Report of the Indian Hemp Drugs Commission, 1894-1895 - Volume I
Year: 1894
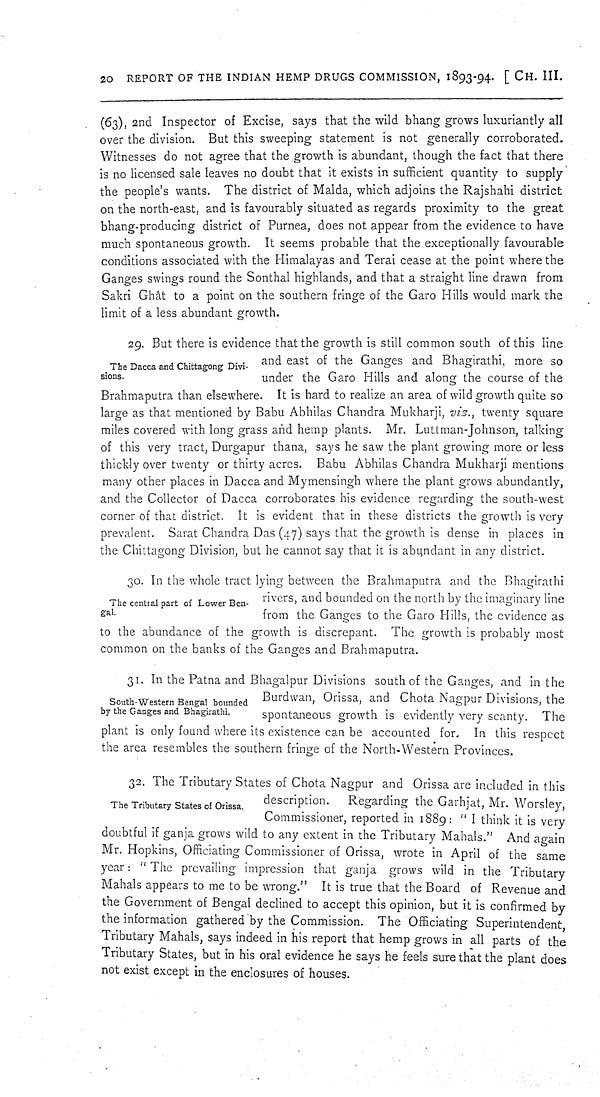
20 REPORT OF THE INDIAN HEMP DRUGS COMMISSION, 1893-94. [CH. III.
(63), 2nd Inspector of Excise, says that the wild bhang grows luxuriantly all
over the division. But this sweeping statement is not generally corroborated.
Witnesses do not agree that the growth is abundant, though the fact that there
is no licensed sale leaves no doubt that it exists in sufficient quantity to supply
the people's wants. The district of Malda, which adjoins the Rajshahi district
on the north-east, and is favourably situated as regards proximity to the great
bhang-producing district of Purnea, does not appear from the evidence to have
much spontaneous growth. It seems probable that the exceptionally favourable
conditions associated with the Himalayas and Terai cease at the point where the
Ganges swings round the Sonthal highlands, and that a straight line drawn from
Sakri Ghât to a point on the southern fringe of the Garo Hills would mark the
limit of a less abundant growth.
The Dacca and Chittagong Divi-
sions.
29. But there is evidence that the growth is still common south of this line
and east of the Ganges and Bhagirathi, more so
under the Garo Hills and along the course of the
Brahmaputra than elsewhere. It is hard to realize an area of wild growth quite so
large as that mentioned by Babu Abhilas Chandra Mukharji, viz., twenty square
miles covered with long grass and hemp plants. Mr. Luttman-Johnson, talking
of this very tract, Durgapur thana, says he saw the plant growing more or less
thickly over twenty or thirty acres. Babu Abhilas Chandra Mukharji mentions
many other places in Dacca and Mymensingh where the plant grows abundantly,
and the Collector of Dacca corroborates his evidence regarding the south-west
corner of that district. It is evident that in these districts the growth is very
prevalent. Sarat Chandra Das (47) says that the growth is dense in places in
the Chittagong Division, but he cannot say that it is abundant in any district.
The central part of Lower Ben-
gal.
30. In the whole tract lying between the Brahmaputra and the Bhagirathi
rivers, and bounded on the north by the imaginary line
from the Ganges to the Garo Hills, the evidence as
to the abundance of the growth is discrepant. The growth is probably most
common on the banks of the Ganges and Brahmaputra.
South-Western Bengal bounded
by the Ganges and Bhagirathi.
31. In the Patna and Bhagalpur Divisions south of the Ganges, and in the
Burdwan, Orissa, and Chota Nagpur Divisions, the
spontaneous growth is evidently very scanty. The
plant is only found where its existence can be accounted for. In this respect
the area resembles the southern fringe of the North-Western Provinces.
The Tributary States of Orissa.
32. The Tributary States of Chota Nagpur and Orissa are included in this
description.
Regarding the Garhjat, Mr. Worsley,
Commissioner, reported in 1889: "I think it is very
doubtful if ganja grows wild to any extent in the Tributary Mahals." And again
Mr. Hopkins, Officiating Commissioner of Orissa, wrote in April of the same
year: "The prevailing impression that ganja grows wild in the Tributary
Mahals appears to me to be wrong." It is true that the Board of Revenue and
the Government of Bengal declined to accept this opinion, but it is confirmed by
the information gathered by the Commission. The Officiating Superintendent,
Tributary Mahals, says indeed in his report that hemp grows in all parts of the
Tributary States, but in his oral evidence he says he feels sure that the plant does
not exist except in the enclosures of houses.